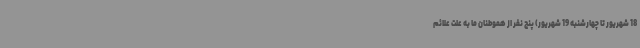
18 شهریور تا چهارشنبه 19 شهریور) پنج نفر از هموطنان ما به علت علائم